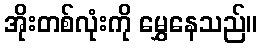
အိုးတစ်လုံးကို မွှေနေသည်။